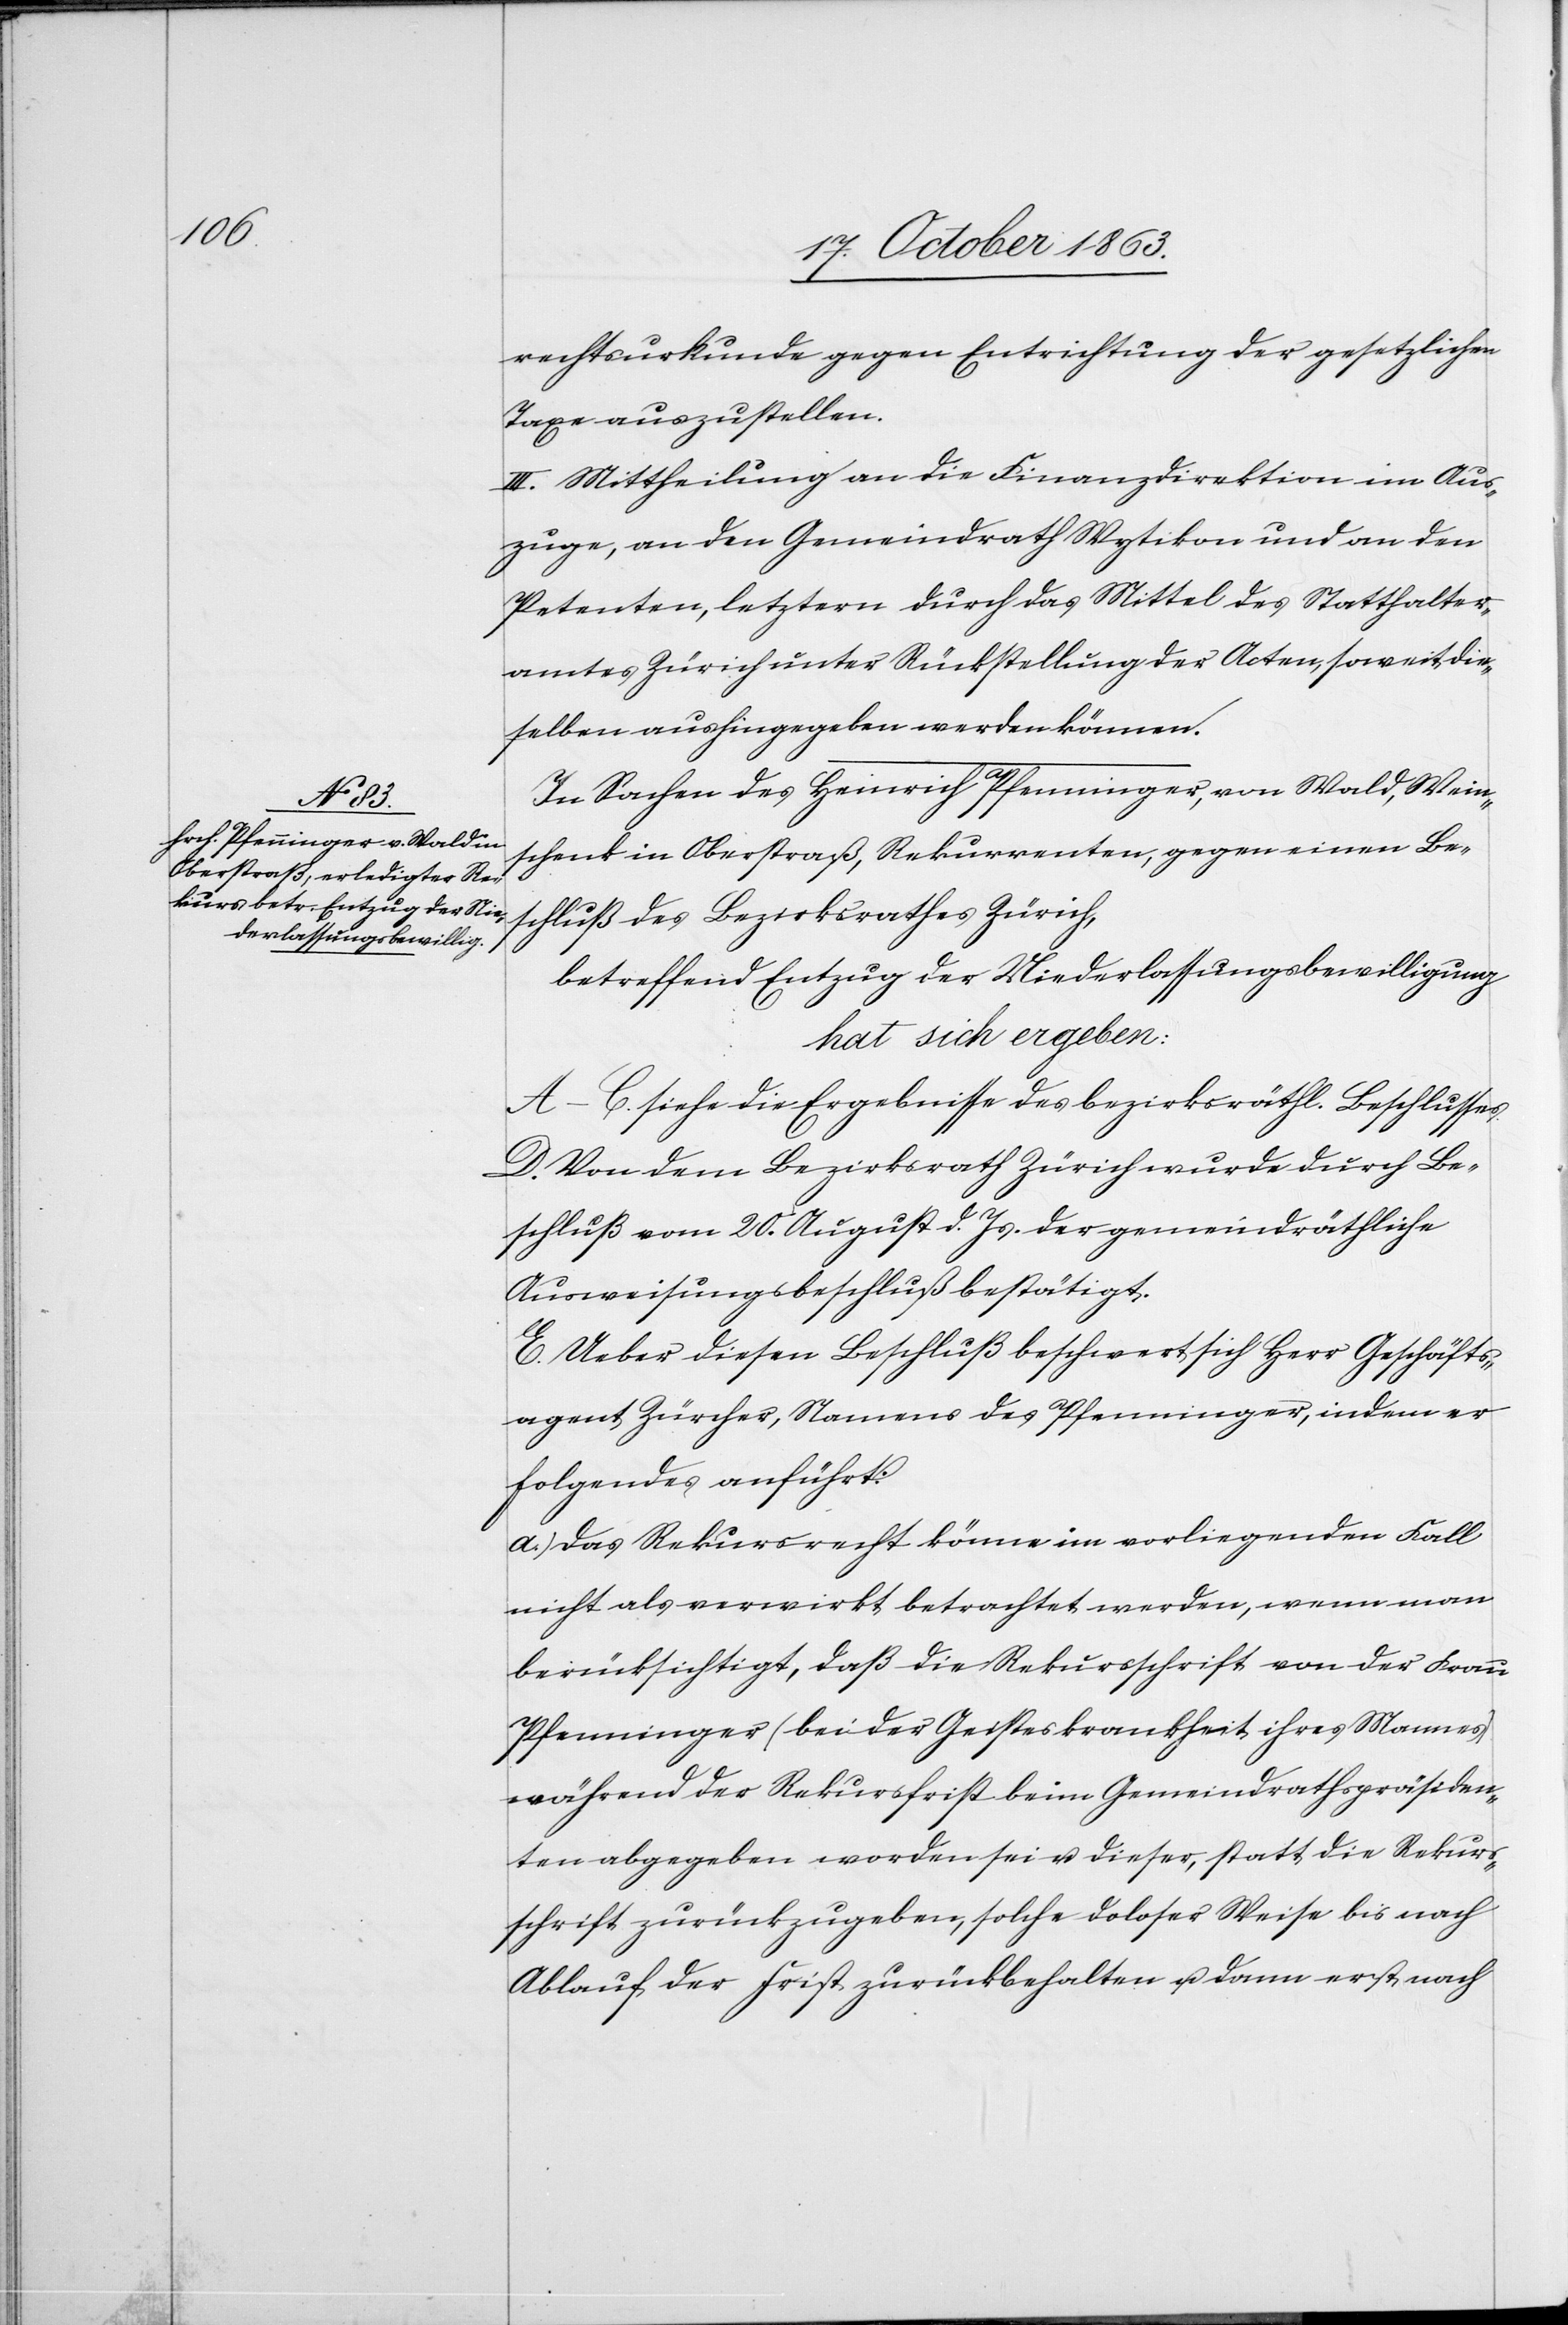
rechtsurkunde gegen Entrichtung der gesetzlichen
Taxe auszustellen.
III. Mittheilung an die Finanzdirektion im Aus¬
zuge, an den Gemeindrath Wytikon und an den
Petenten, letztern durch das Mittel des Statthalter¬
amtes Zürich unter Rückstellung der Acten, soweit die¬
selben aushingegeben werden können.
In Sachen des Heinrich Pfenninger, von Wald, Wein¬
schenk in Oberstraß, Rekurrenten, gegen einen Be¬
schluß des Bezirksrathes Zürich,
betreffend Entzug der Niederlassungsbewilligung
hat sich ergeben:
A–C. siehe die Ergebnisse des bezirksräthl. Beschlusses.
D. Von dem Bezirksrath Zürich wurde durch Be¬
schluß vom 20. August d. Js. der gemeindräthliche
Ausweisungsbeschluß bestätigt.
E. Ueber diesen Beschluß beschwert sich Herr Geschäfts¬
agent Zürcher, Namens des Pfenninger, indem er
folgendes anführt:
a.) Das Rekursrecht könne im vorliegenden Fall
nicht als verwirkt betrachtet werden, wenn man
berücksichtigt, daß die Rekursschrift von der Frau
Pfenninger (bei der Geisteskrankheit ihres Mannes)
während der Rekursfrist beim Gemeindrathspräsiden¬
ten abgegeben worden sei u. dieser, statt die Rekurs¬
schrift zurückzugeben, solche doloser Weise bis nach
Ablauf der Frist zurückbehalten u. dann erst nach